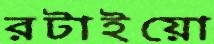
রটাইয়ো